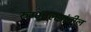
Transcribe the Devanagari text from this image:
रुग्णालयांतील